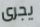
يجرى